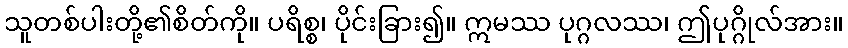
သူတစ်ပါးတို့၏စိတ်ကို။ ပရိစ္စ၊ ပိုင်းခြား၍။ ဣမဿ ပုဂ္ဂလဿ၊ ဤပုဂ္ဂိုလ်အား။